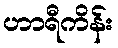
ဟာရီကိန်း